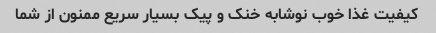
کیفیت غذا خوب نوشابه خنک و پیک بسیار سریع ممنون از شما